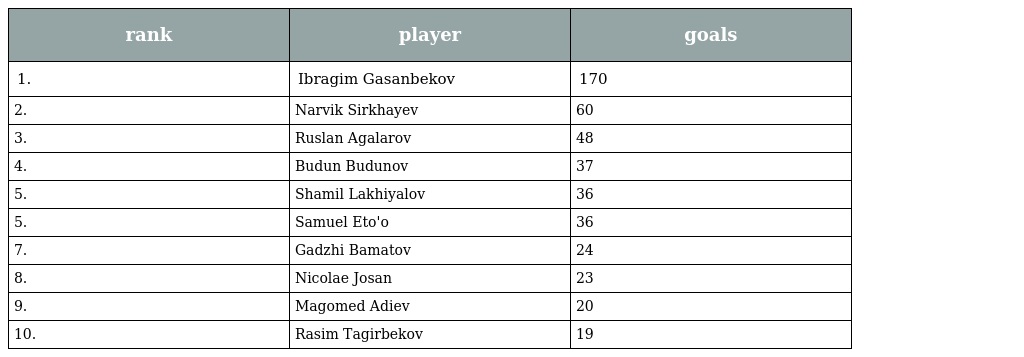
| rank | player | goals |
 | --- | --- | --- |
 | 1. | Ibragim Gasanbekov | 170 |
 | 2. | Narvik Sirkhayev | 60 |
 | 3. | Ruslan Agalarov | 48 |
 | 4. | Budun Budunov | 37 |
 | 5. | Shamil Lakhiyalov | 36 |
 | 5. | Samuel Eto'o | 36 |
 | 7. | Gadzhi Bamatov | 24 |
 | 8. | Nicolae Josan | 23 |
 | 9. | Magomed Adiev | 20 |
 | 10. | Rasim Tagirbekov | 19 |